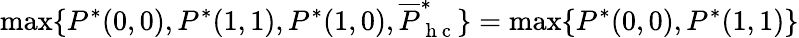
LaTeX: \operatorname*{max}\{ P^{*}(0,0),P^{*}(1,1),P^{*}(1,0),\overline{{P}}_{\mathrm{~h~c~}}^{*}\} =\operatorname*{max}\{ P^{*}(0,0),P^{*}(1,1)\}